Scottish Certificate of Education, 1962
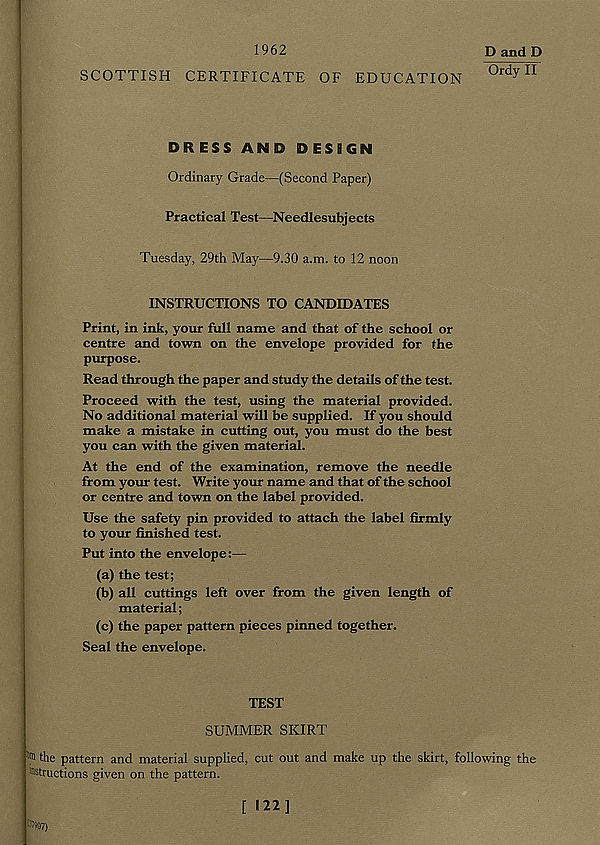
1962
SCOTTISH CERTIFICATE OF EDUCATION
D and D
Ordy II
DRESS AND DESIGN
Ordinary Grade—(Second Paper)
Practical Test—Needlesubjects
Tuesday, 29th May—9.30 a.m. to 12 noon
INSTRUCTIONS TO CANDIDATES
Print, in ink, your full name and that of the school or
centre and town on the envelope provided for the
purpose.
Read through the paper and study the details of the test.
Proceed with the test, using the material provided.
No additional material will be supplied. If you should
make a mistake in cutting out, you must do the best
you can with the given material.
At the end of the examination, remove the needle
from your test. Write your name and that of the school
or centre and town on the label provided.
Use the safety pin provided to attach the label firmly
to your finished test.
Put into the envelope:—
(a) the test;
(b) all cuttings left over from the given length of
material;
(c) the paper pattern pieces pinned together.
Seal the envelope.
TEST
SUMMER SKIRT
jrn the pattern and material supplied, cut out and make up the skirt, following the
!ns tructions given on the pattern.